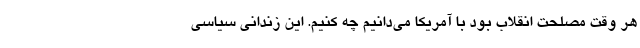
هر وقت مصلحت انقلاب بود با آمریکا می‌دانیم چه کنیم. این زندانی سیاسی